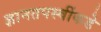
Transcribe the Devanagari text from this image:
ज्ञानतपस्वींकडे